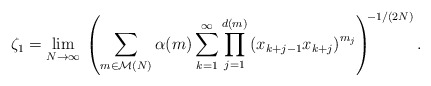
\begin{align*}\zeta_{1}=\lim_{N\to\infty}\,\left(\sum_{m\in\mathcal{M}(N)}\alpha(m)\sum_{k=1}^{\infty}\prod_{j=1}^{d(m)}\left(x_{k+j-1}x_{k+j}\right)^{m_{j}}\right)^{\!\!-1/(2N)}.\end{align*}